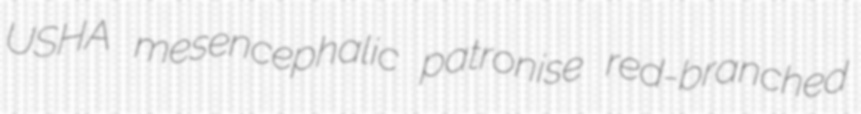
USHA mesencephalic patronise red-branched